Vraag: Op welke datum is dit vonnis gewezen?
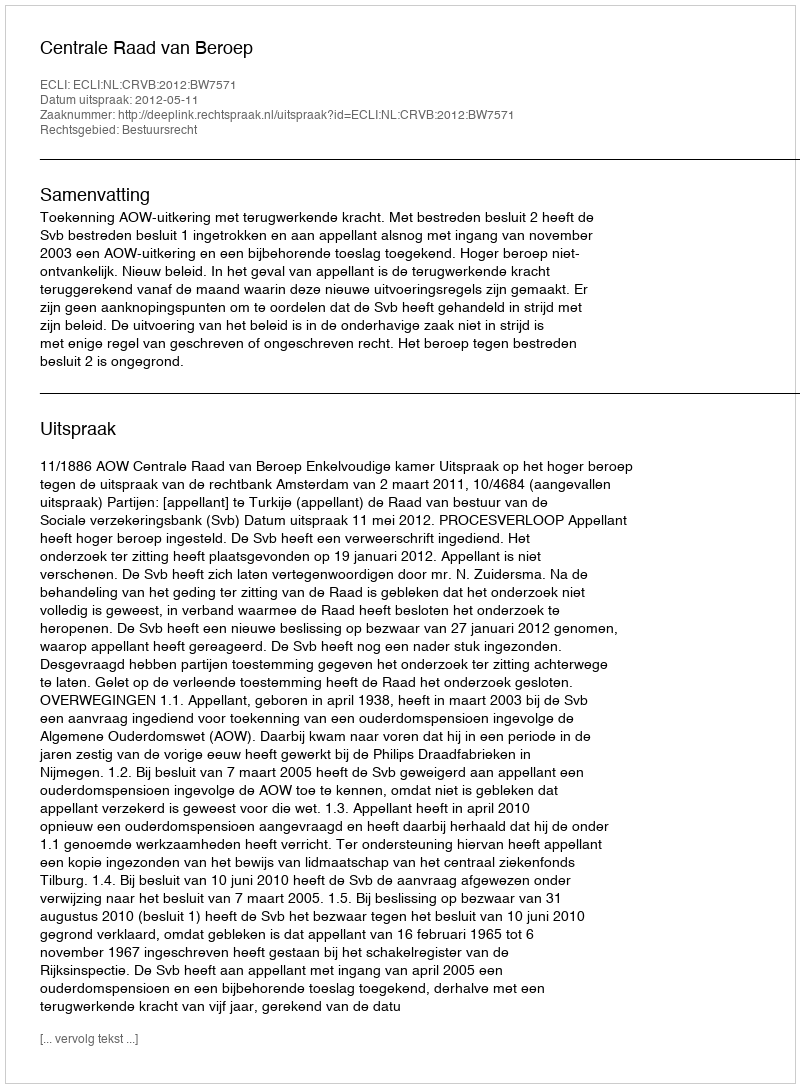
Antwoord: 2012-05-11